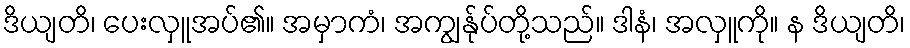
ဒိယျတိ၊ ပေးလှူအပ်၏။ အမှာကံ၊ အကျွန်ုပ်တို့သည်။ ဒါနံ၊ အလှူကို။ န ဒိယျတိ၊